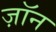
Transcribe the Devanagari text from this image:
ज़ॉन